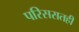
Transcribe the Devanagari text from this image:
परिसरातही